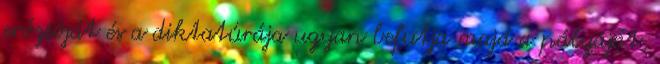
erózióját és a diktatúrája ugyan befutja majd a pályáját,